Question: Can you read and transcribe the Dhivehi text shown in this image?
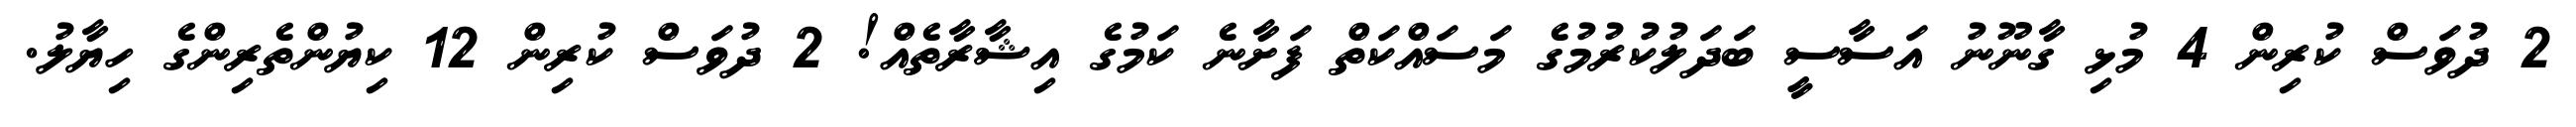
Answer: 2 ދުވަސް ކުރިން 4 މުޅި ގާނޫނު އަސާސީ ބަދަލުކުރުމުގެ މަސައްކަތް ފަށާނެ ކަމުގެ އިޝާރާތެއް! 2 ދުވަސް ކުރިން 12 ކިޔުންތެރިންގެ ހިޔާލު.